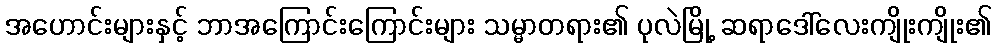
အဟောင်းများနှင့် ဘာအကြောင်းကြောင်းများ သမ္မာတရား၏ ပုလဲမြို့ ဆရာဒေါ်လေးကျိုးကျိုး၏